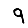
Digit: 9